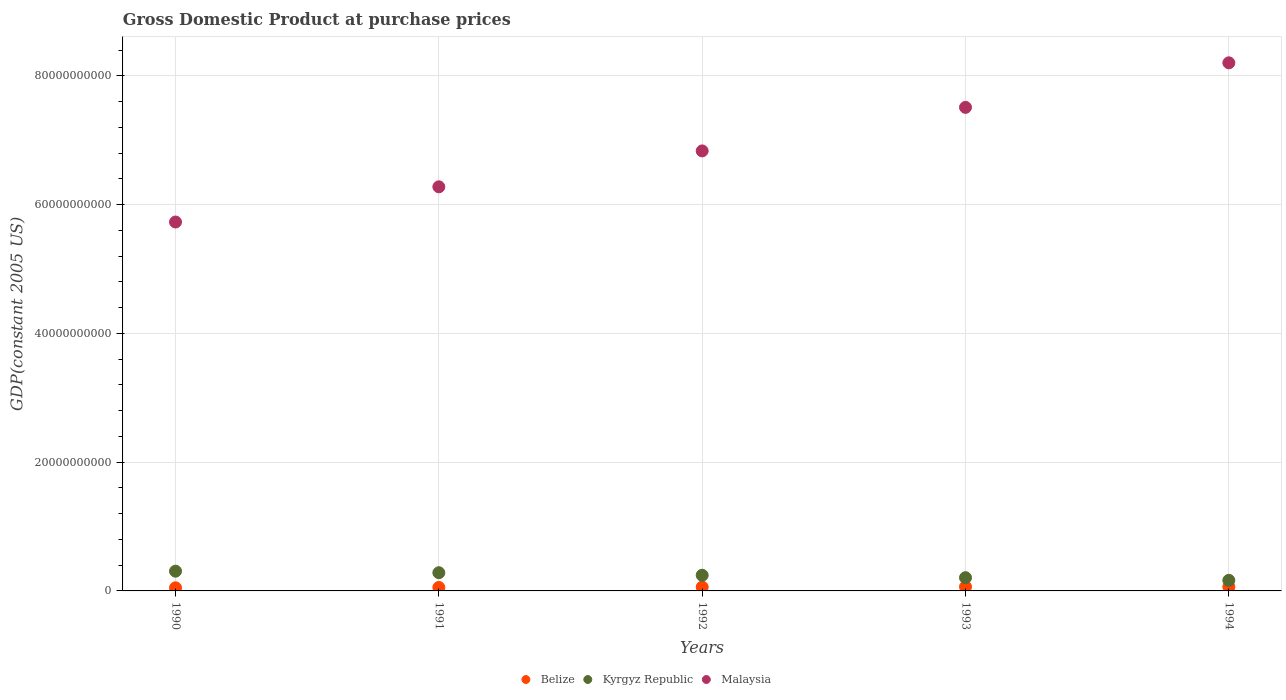
| Years | Belize | Kyrgyz Republic | Malaysia |
 | --- | --- | --- | --- |
 | 1990 | 4.84e+08 | 3.07e+09 | 5.73e+10 |
 | 1991 | 5.35e+08 | 2.83e+09 | 6.28e+10 |
 | 1992 | 5.99e+08 | 2.43e+09 | 6.84e+10 |
 | 1993 | 6.37e+08 | 2.06e+09 | 7.51e+10 |
 | 1994 | 6.38e+08 | 1.64e+09 | 8.2e+10 |